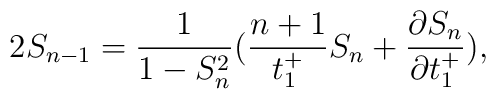
2S_{n-1}=\frac{1}{1-S_{n}^{2}}(\frac{n+1}{t_{1}^{+}}S_{n}+\frac{\partial S_{n}}{\partial t_{1}^{+}}),